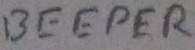
Text: BEEPER